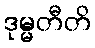
ဒုမ္မတီတိ